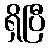
ရှိပြီ